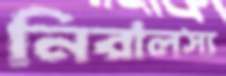
নিরালস্য